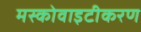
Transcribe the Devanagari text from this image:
मस्कोवाइटीकरण